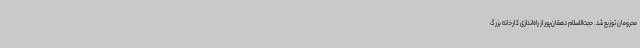
محرومان توزیع شد. حجت‌الاسلام دهقان‌پور از راه‌اندازی کارخانه بزرگ